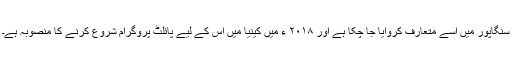
سنگاپور میں اسے متعارف کروایا جا چکا ہے اور ۲۰۱۸ ء میں کینیا میں اس کے لیے پائلٹ پروگرام شروع کرنے کا منصوبہ ہے۔